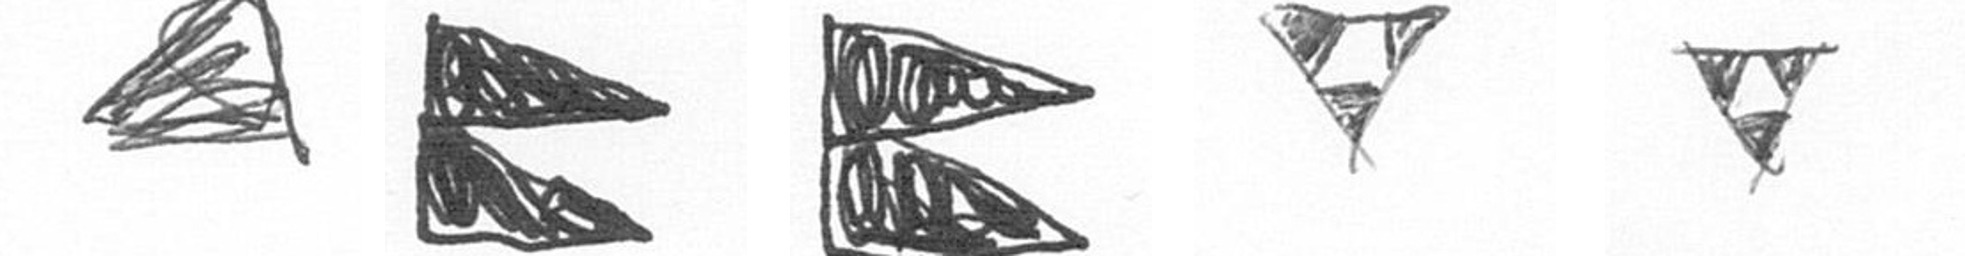
O P P S S